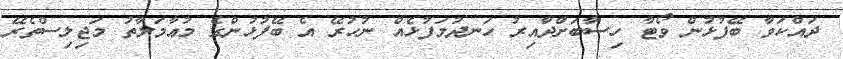
ދައްކަވާ ބޭފުޅުން ވޯޓާ ހިސާބަށްދާއިރު ހަނދުމަފުޅެއް ނުހުރޭ އެ ބޭފުޅުންގެ މުޢާމަލާތު މަޖިލިސްތެރޭ